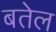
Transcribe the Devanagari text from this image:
बतेल